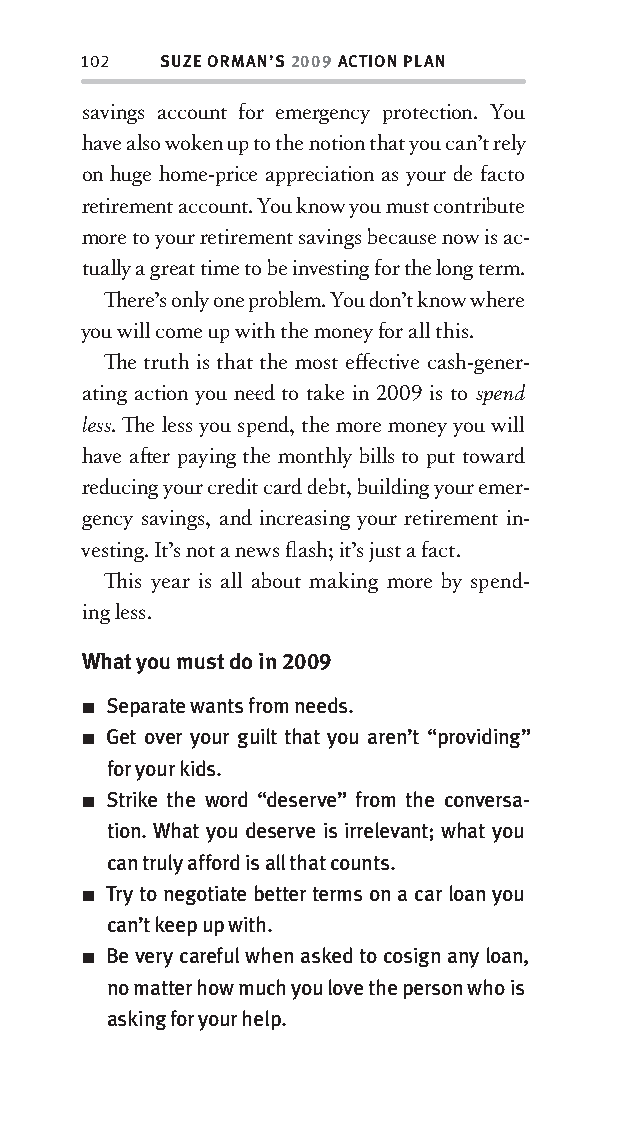
102  SUZE ORMAN’S 2009 ACTION PLAN
 savings account for emergency protection. You
 have also woken up to the notion that you can’t rely
 on huge home-price appreciation as your de facto
 retirement account. You know you must contribute
 more to your retirement savings because now is ac-
 tually a great time to be investing for the long term.
 Th ere’s only one problem. You don’t know where
 you will come up with the money for all this.
 Th e truth is that the most eff ective cash-gener-
 ating action you nee d to take in 2009 is to spend
 less. Th e less you spend, the more money you will
 have aft er paying the monthly bills to put toward
 reducing your credit card debt, building your emer-
 gency savings, and increasing your retirement in-
 vesting. It’s not a news fl ash; it’s just a fact.
 Th is year is all about making more by spend-
 ing less.
 What you must do in 2009
 ■ Separate wants from needs.
 ■ Get over your guilt that you aren’t “providing”
 for your kids.
 ■ Strike the word “deserve” from the conversa-
 tion. What you deserve is irrelevant; what you
 can truly afford is all that counts.
 ■ Try to negotiate better terms on a car loan you
 can’t keep up with.
 ■ Be very careful when asked to cosign any loan,
 no matter how much you love the person who is
 asking for your help.
 OOrrmmaa__99778800338855553300993344__44pp__aallll__rr11..iinndddd 110022 1122//33//0088 99::3311::1188 AAMM